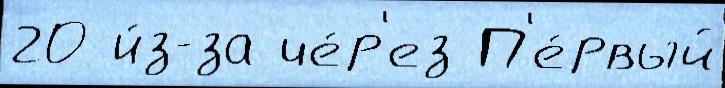
20 и́з-за че́р'ез П'е́рвый